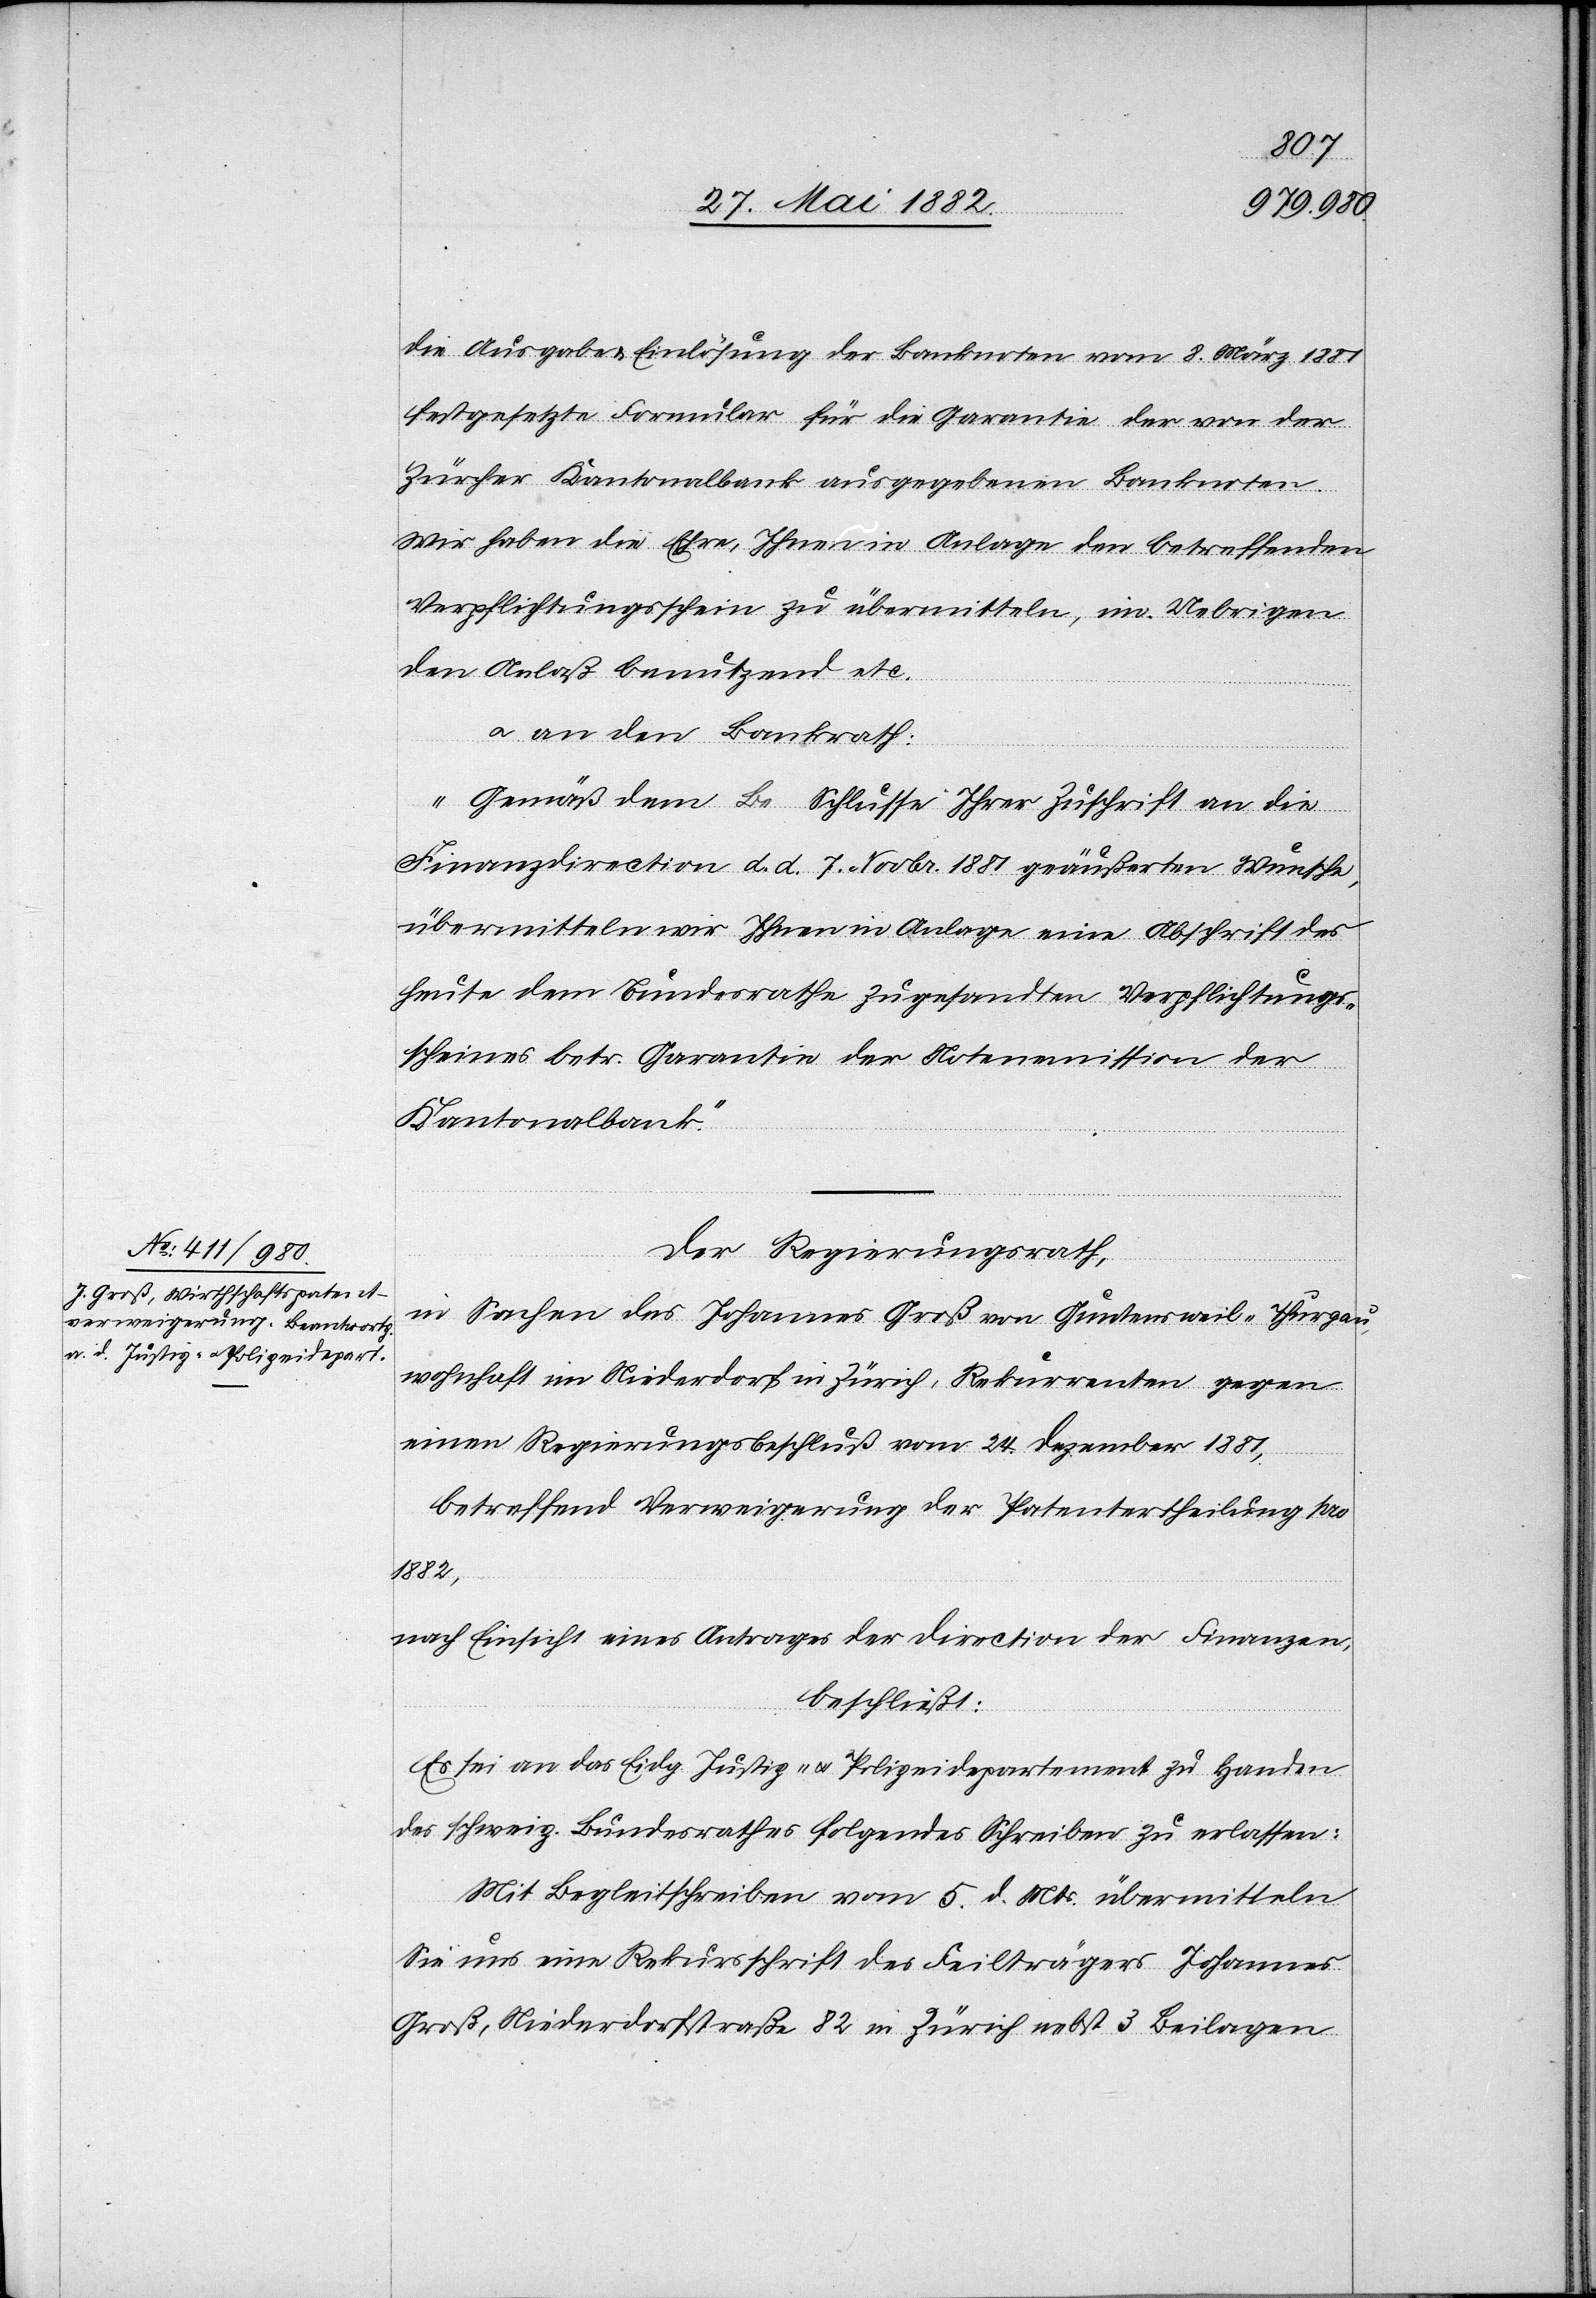
die Ausgabe & Einlösung der Banknoten vom 8. März 1881
festgesetzte Formular für die Garantie der von der
Zürcher Kantonalbank ausgegebenen Banknoten.
Wir haben die Ehre, Ihnen in Anlage den betreffenden
Verpflichtungsschein zu übermitteln, im Uebrigen
den Anlaß benutzend etc.“
u. an den Bankrath:
dem [in dem] Be Schlusse [sic!] Ihrer Zuschrift an die
Finanzdirection d. d. 7. Novbr. 1881 geäußerten Wunsche,
übermitteln wir Ihnen in Anlage eine Abschrift des
heute dem Bundesrathe zugesandten Verpflichtungs¬
scheines betr. Garantie der Notenemission der
Kantonalbank.“
Der Regierungsrath,
in Sachen des Johannes Groß von Guntensweil - Thurgau,
wohnhaft im Niederdorf in Zürich, Rekurrenten gegen
einen Regierungsbeschluß vom 24. Dezember 1881,
betreffend Verweigerung der Patentertheilung pro
1882,
nach Einsicht eines Antrages der Direction der Finanzen,
beschließt:
Es sei an das Eidg. Justiz- u. Polizeidepartement zu Handen
des schweiz. Bundesrathes folgendes Schreiben zu erlassen:
Mit Begleitschreiben vom 5. d. Mts übermitteln
Sie uns eine Rekursschrift des Feilträgers Johannes
Groß, Niederdorfstraße 82 in Zürich nebst 3 Beilagen